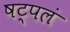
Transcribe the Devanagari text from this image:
षट्पलं